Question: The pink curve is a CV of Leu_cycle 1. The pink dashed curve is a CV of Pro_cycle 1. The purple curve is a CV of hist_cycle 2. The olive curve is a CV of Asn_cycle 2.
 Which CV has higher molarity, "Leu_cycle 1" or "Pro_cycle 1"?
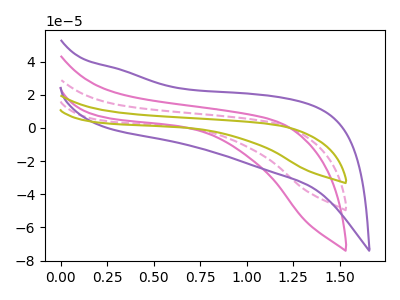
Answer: <think>The pink curve "Leu_cycle 1" has no peaks. The pink dashed curve "Pro_cycle 1" has no peaks. The purple curve "hist_cycle 2" has no peaks. The olive curve "Asn_cycle 2" has no peaks.
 Neither "Leu_cycle 1" or "Pro_cycle 1" have any peaks.</think>
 <answer>I cant tell if "Leu_cycle 1" or "Pro_cycle 1" has higher concentration.</answer>
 <eval>mixed_concentration</eval>